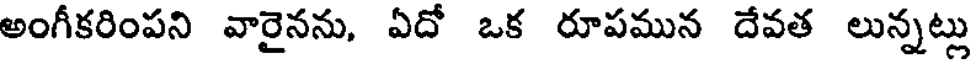
అంగీకరింపని వారైనను, ఏదో ఒక రూపమున దేవత లున్నట్లు